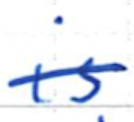
Text: is
Cross-out: single-line
Writing tool: ballpoint